65_HS1-834228961_62-HQ-83894_Section_5
Agency: FBI
Page 133
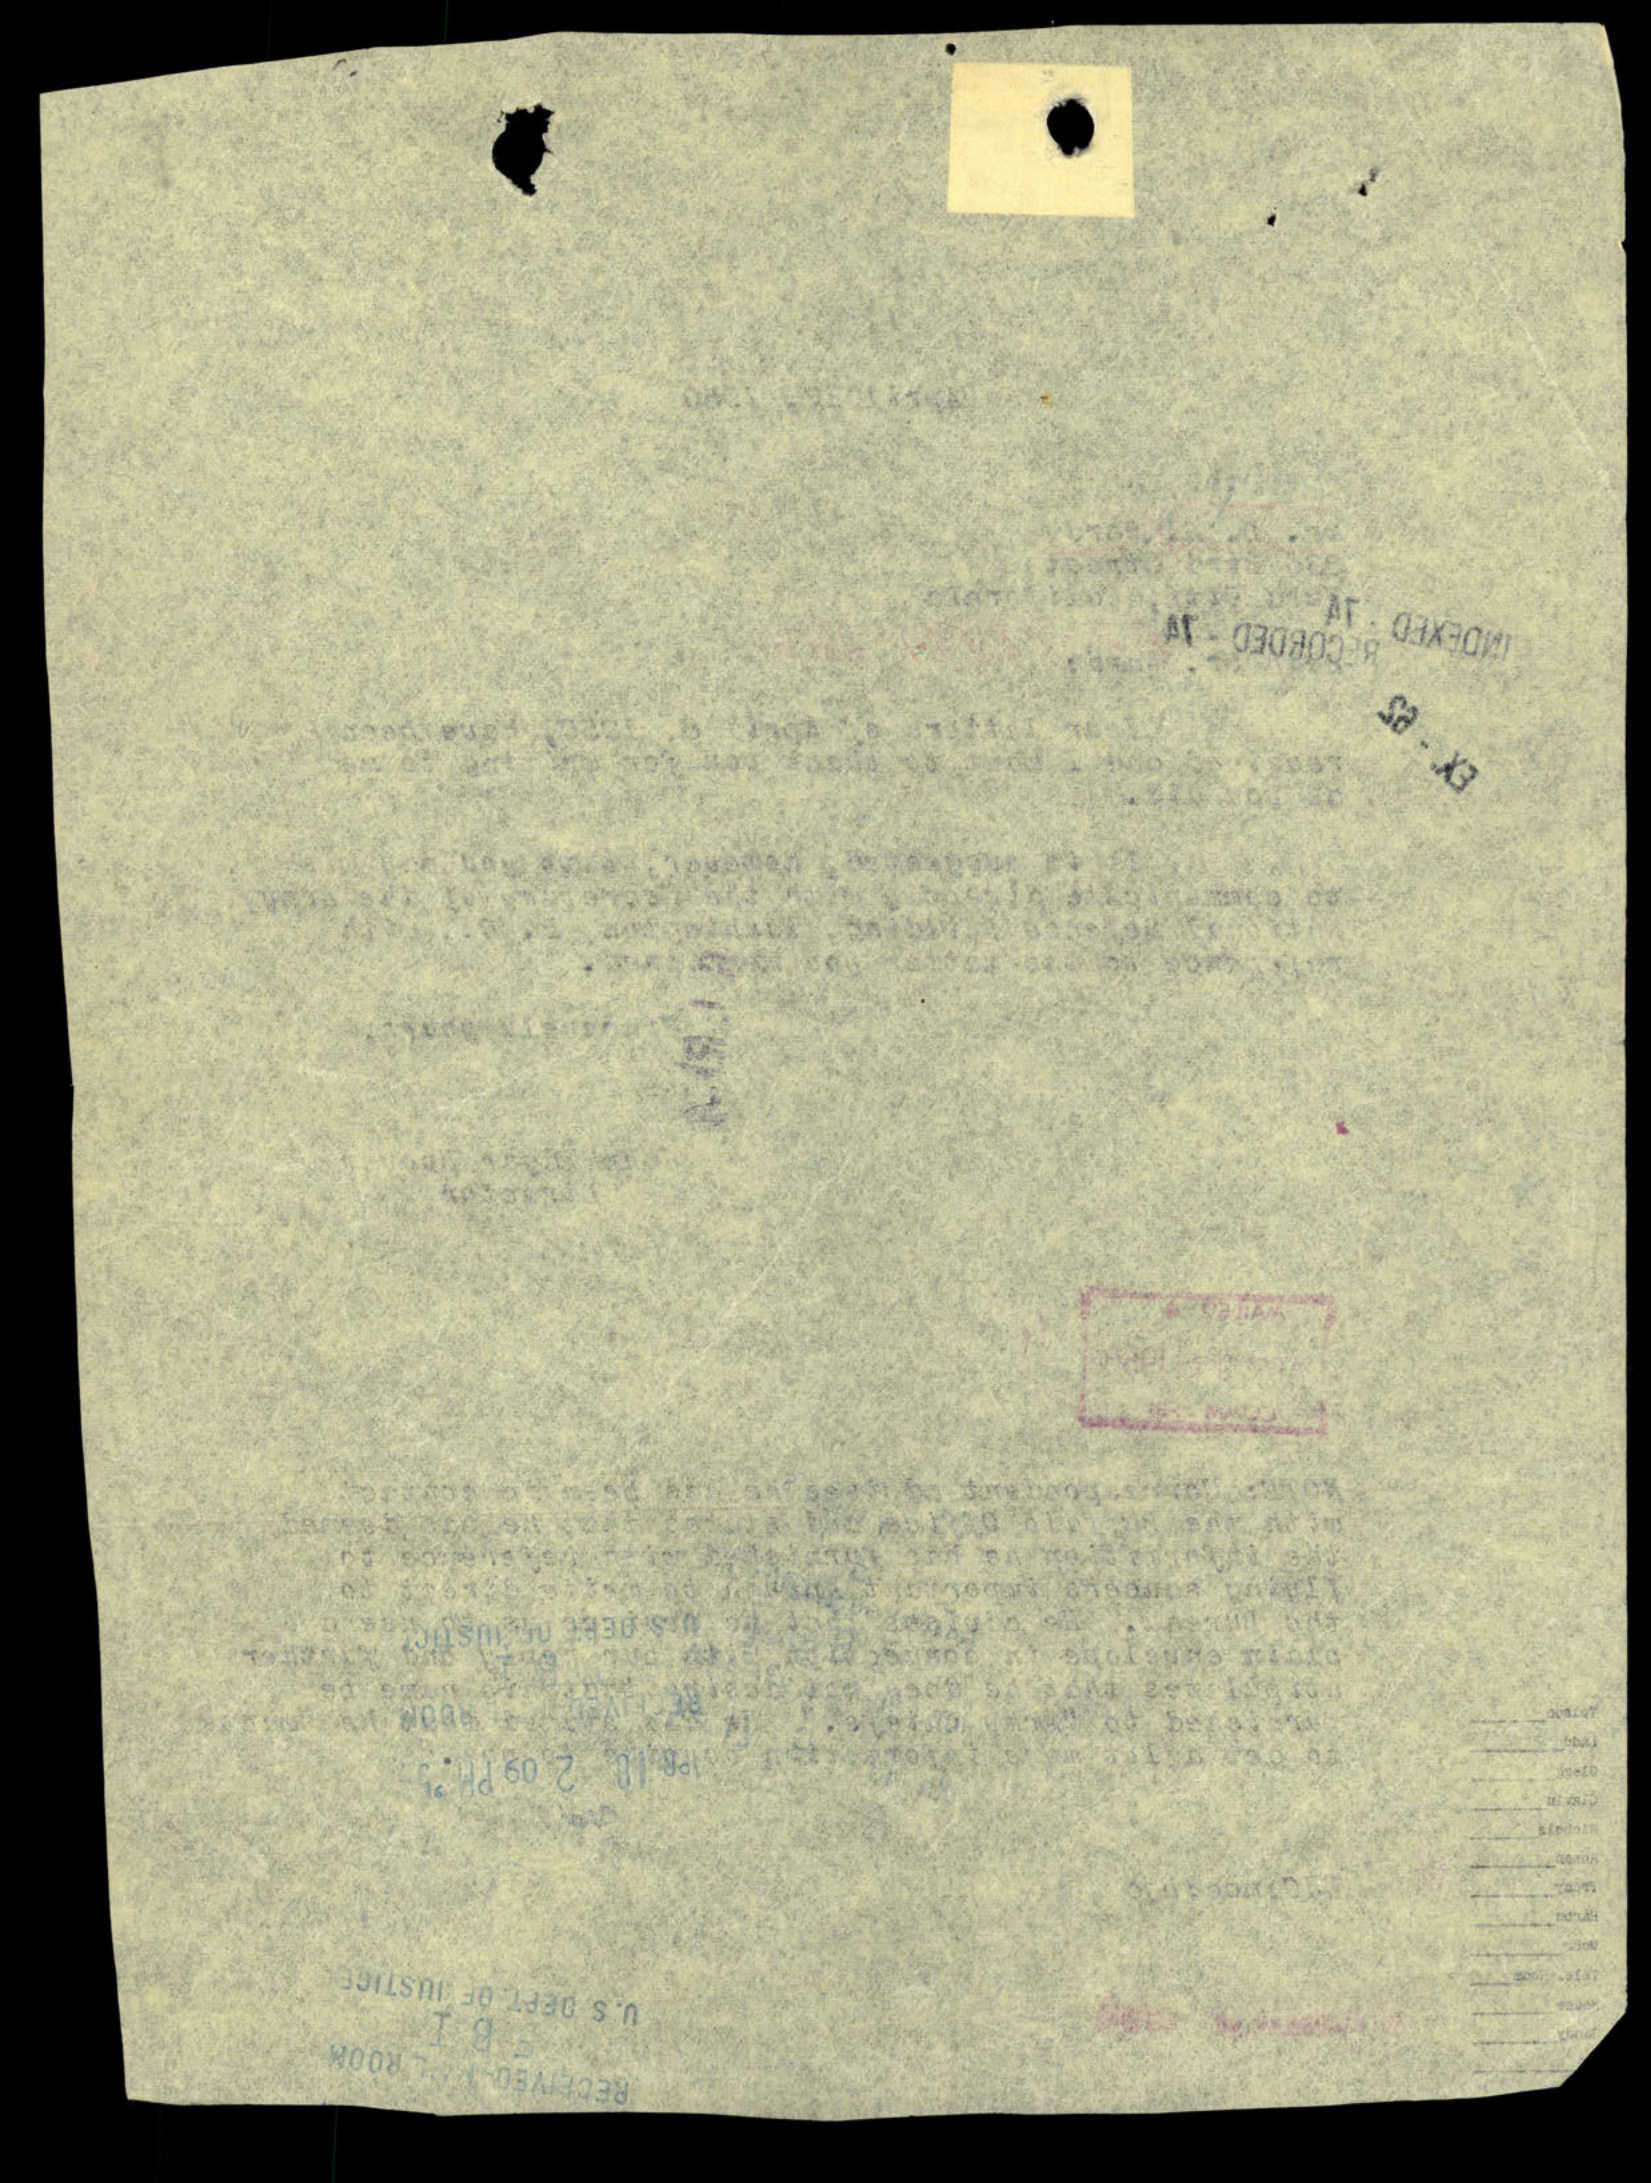